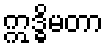
ဣဒ္ဓိမတာ